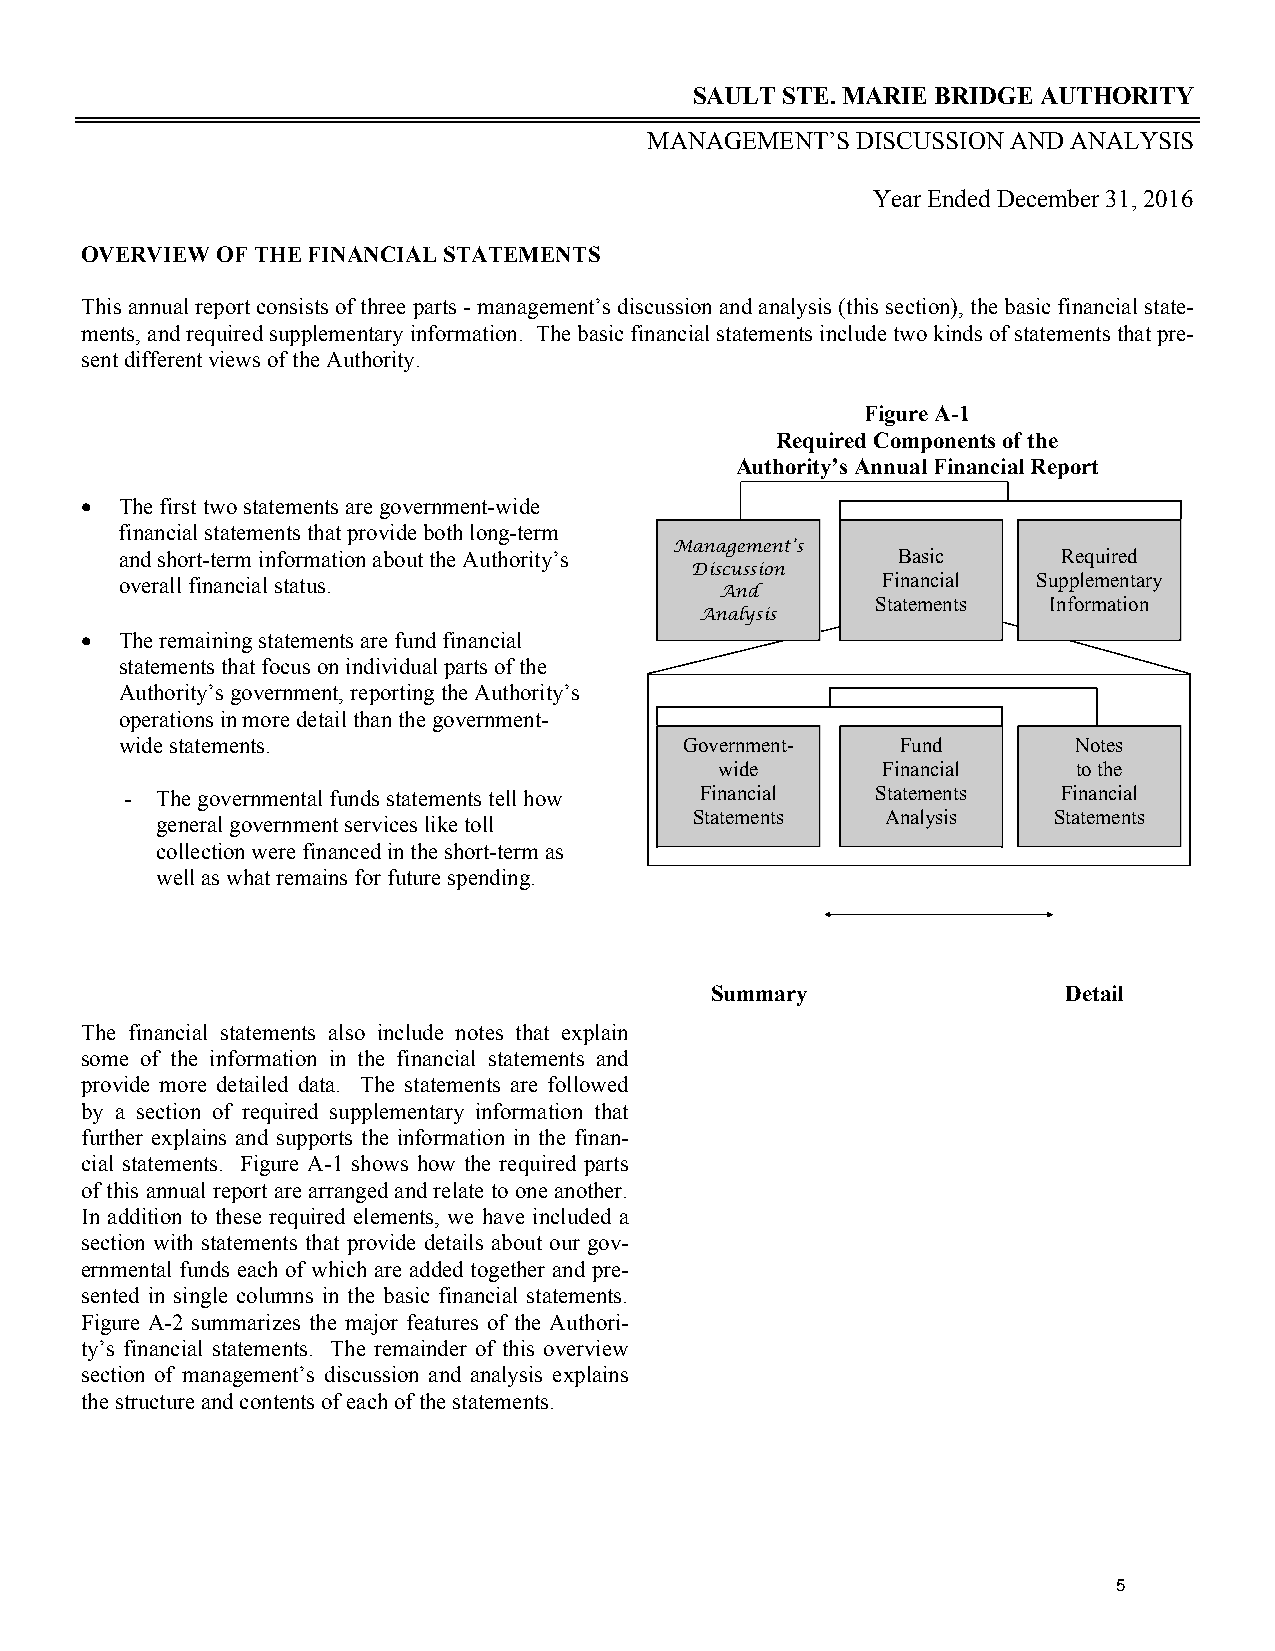
SAULT STE. MARIE BRIDGE AUTHORITY
 MANAGEMENT’S  DISCUSSION AND ANALYSIS
 Year Ended December 31, 2016
 OVERVIEW OF THE FINANCIAL STATEMENTS
 This annual report consists of three parts - management’s discussion and analysis (this section), the basic financial state-
 ments, and required supplementary information. The basic financial statements include two kinds of statements that pre-
 sent different views of the Authority.
 Figure A-1
 Required Components of the
 Authority’s Annual Financial Report
  The first two statements are government-wide
 financial statements that provide both long-term
 Management’s
 and short-term information about the Authority’s   Ba sic     Required
 Discussion
 overall financial status.
 And
 Fina ncial Supplementary
 Statements Information
 Analysis
  The remaining statements are fund financial
 statements that focus on individual parts of the
 Authority’s government, reporting the Authority’s
 operations in more detail than the government-
 wide statements.                     Government-    Fund       Notes
 wide      Fina ncial   to the
 - The governmental funds statements tell how Financial Statem ents Financial
 general government services like toll
 Statements   Ana lysis  Statements
 collection were financed in the short-term as
 well as what remains for future spending.
 Summary                 Detail
 The financial statements also include notes that explain
 some of the information in the financial statements and
 provide more detailed data. The statements are followed
 by a section of required supplementary information that
 further explains and supports the information in the finan-
 cial statements. Figure A-1 shows how the required parts
 of this annual report are arranged and relate to one another.
 In addition to these required elements, we have included a
 section with statements that provide details about our gov-
 ernmental funds each of which are added together and pre-
 sented in single columns in the basic financial statements.
 Figure A-2 summarizes the major features of the Authori-
 ty’s financial statements. The remainder of this overview
 section of management’s discussion and analysis explains
 the structure and contents of each of the statements.
 5